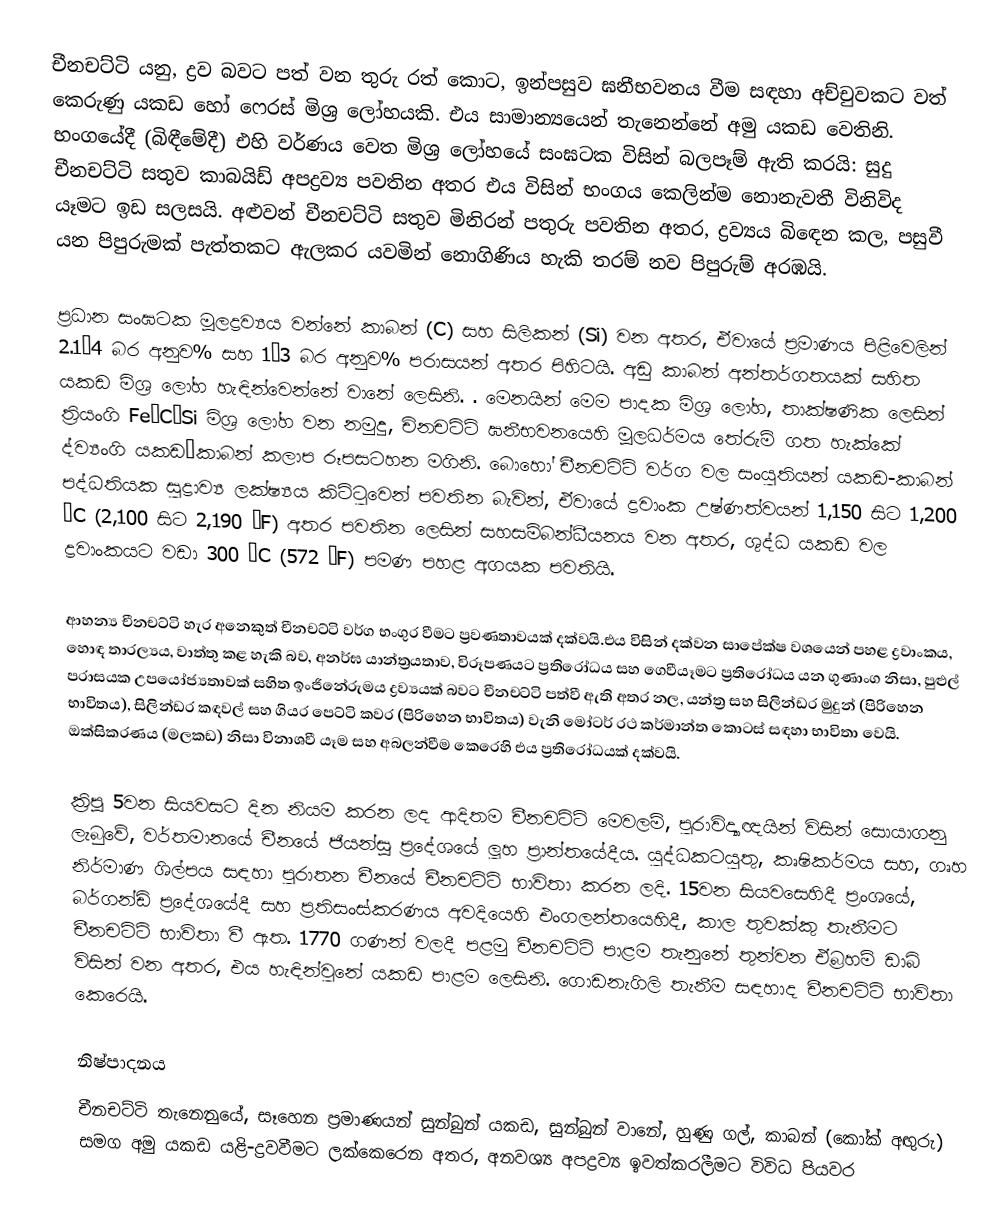
චීනචට්ටි යනු, ද්‍රව බවට පත් වන තුරු රත් කොට, ඉන්පසුව ඝනීභවනය වීම සඳහා අච්චුවකට වත් කෙරුණු යකඩ හෝ  ෆෙරස් මිශ්‍ර ලෝහයකි. එය සාමාන්‍යයෙන් තැනෙන්නේ අමු යකඩ වෙතිනි. භංගයේදී (බිඳීමේදී) එහි වර්ණය වෙත මිශ්‍ර ලෝහයේ සංඝටක විසින්  බලපෑම් ඇති කරයි: සුදු චීනචට්ටි සතුව කාබයිඩ් අපද්‍රව්‍ය පවතින අතර එය විසින් භංගය කෙලින්ම නොනැවතී විනිවිද යෑමට ඉඩ සලසයි. අළුවන් චීනචට්ටි සතුව  මිනිරන් පතුරු  පවතින අතර, ද්‍රව්‍යය බිඳෙන කල,  පසුවී යන පිපුරුමක් පැත්තකට ඇලකර යවමින්  නොගිණිය හැකි තරම් නව පිපුරුම් අරඹයි.

ප්‍රධාන සංඝටක මූලද්‍රව්‍යය වන්නේ කාබන් (C) සහ සිලිකන් (Si) වන අතර, ඒවායේ ප්‍රමාණය පිළිවෙලින්  2.1–4 බර අනුව% සහ 1–3 බර අනුව% පරාසයන් අතර පිහිටයි. අඩු කාබන් අන්තර්ගතයක් සහිත යකඩ මිශ්‍ර ලෝහ හැඳින්වෙන්නේ වානේ ලෙසිනි. . මෙනයින් මෙම පාදක මිශ්‍ර ලෝහ, තාක්ෂණික ලෙසින් ත්‍රියංගි Fe–C–Si මිශ්‍ර ලෝහ වන නමුදු, චිනචට්ටි ඝනීභවනයෙහි මූලධර්මය තේරුම් ගත හැක්කේ  ද්ව්‍යංගි යකඩ–කාබන් කලාප රූපසටහන මගිනි. බොහෝ චීනචට්ටි වර්ග වල සංයුතියන් යකඩ-කාබන්  පද්ධතියක සුද්‍රාව්‍ය ලක්ෂ්‍යය කිට්ටුවෙන් පවතින බැවින්, ඒවායේ ද්‍රවාංක උෂ්ණත්වයන් 1,150 සිට 1,200 °C (2,100 සිට 2,190 °F) අතර පවතින ලෙසින් සහසම්බන්ධීයනය වන අතර, ශුද්ධ යකඩ වල ද්‍රවාංකයට වඩා 300 °C (572 °F) පමණ පහළ අගයක පවතියි.

ආහන්‍ය චීනචට්ටි හැර අනෙකුත් චීනචට්ටි වර්ග භංගුර වීමට ප්‍රවණතාවයක් දක්වයි.එය විසින් දක්වන සාපේක්ෂ වශයෙන් පහළ ද්‍රවාංකය, හොඳ තාරල්‍යය, වාත්තු කළ හැකි බව, අනර්ඝ යාන්ත්‍රයතාව, විරූපණයට ප්‍රතිරෝධය සහ  ගෙවීයෑමට ප්‍රතිරෝධය යන ගුණාංග නිසා, පුළුල් පරාසයක උපයෝජ්‍යතාවක් සහිත ඉංජිනේරුමය ද්‍රව්‍යයක් බවට චීනචට්ටි පත්වී ඇති අතර නල, යන්ත්‍ර සහ සිලින්ඩර මුදුන් (පිරිහෙන භාවිතය), සිලින්ඩර කඳවල් සහ ගියර පෙට්ටි කවර (පිරිහෙන භාවිතය) වැනි මෝටර්  රථ කර්මාන්ත කොටස් සඳහා භාවිතා වෙයි. ඔක්සිකරණය (මලකඩ) නිසා විනාශවී යෑම සහ අබලන්වීම කෙරෙහි එය ප්‍රතිරෝධයක් දක්වයි.

ක්‍රිපූ 5වන සියවසට දින නියම කරන ලද ආදිතම චීනචට්ටි මෙවලම්, පුරාවිද්‍යාඥයින් විසින් සොයාගනු ලැබුවේ, වර්තමානයේ චීනයේ   ජියන්සූ ප්‍රදේශයේ ලූහ ප්‍රාන්තයේදීය. යුද්ධකටයුතු, කෘෂිකර්මය සහ, ගෘහ නිර්මාණ ශිල්පය සඳහා පුරාතන චීනයේ චීනචට්ටි භාවිතා කරන ලදි. 15වන සියවසෙහිදී ප්‍රංශයේ, බර්ගන්ඩි ප්‍රදේශයේදී සහ ප්‍රතිසංස්කරණය අවදියෙහි එංගලන්තයෙහිදී, කාල තුවක්කු තැනීමට චීනචට්ටි භාවිතා වී ඇත. 1770 ගණන් වලදී පළමු චීනචට්ටි පාළම තැනුනේ  තුන්වන ඒබ්‍රහම් ඩාබි විසින් වන අතර, එය හැඳින්වුනේ යකඩ පාළම ලෙසිනි. ගොඩනැගිලි තැනීම සඳහාද චීනචට්ටි භාවිතා කෙරෙයි.

නිෂ්පාදනය
චීනචට්ටි තැනෙනුයේ, සෑහෙන ප්‍රමාණයන් සුන්බුන් යකඩ, සුන්බුන් වානේ, හුණු ගල්, කාබන් (කෝක් අඟුරු) සමග   අමු යකඩ යළි-ද්‍රවවීමට ලක්කෙරෙන අතර, අනවශ්‍ය අපද්‍රව්‍ය ඉවත්කරලීමට විවිධ පියවර